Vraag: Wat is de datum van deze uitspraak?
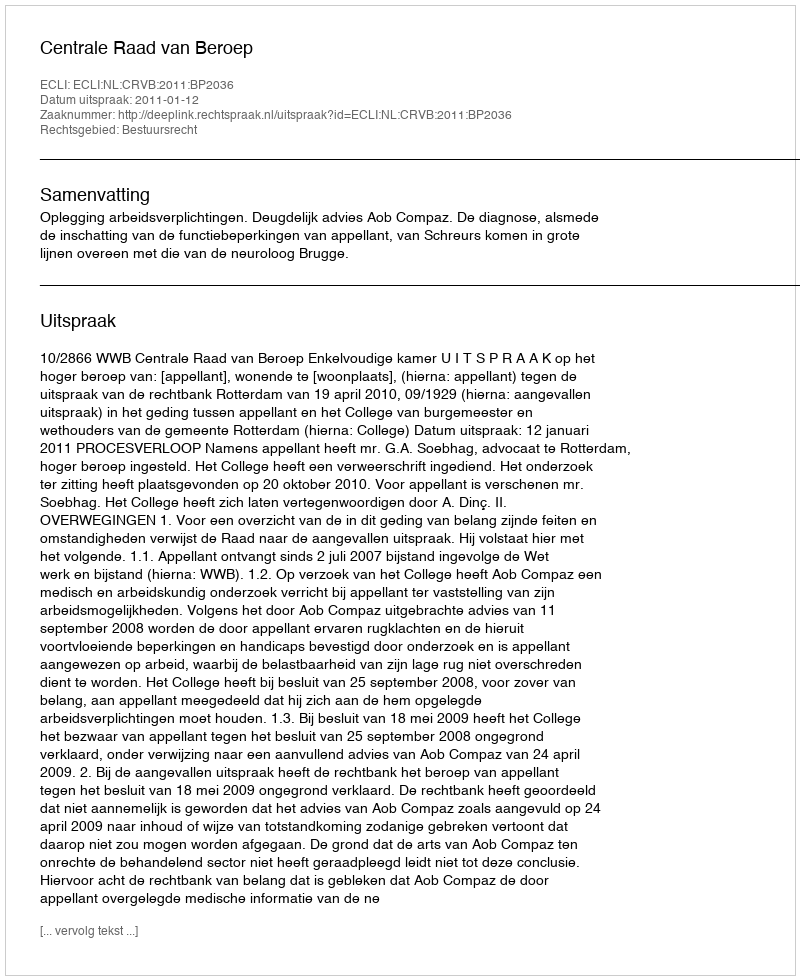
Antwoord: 2011-01-12